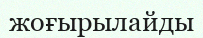
жоғырылайды